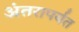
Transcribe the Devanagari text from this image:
अंतरापर्यँत